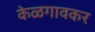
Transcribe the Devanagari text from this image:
केळगावकर